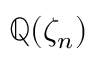
\mathbb { Q } ( \zeta _ { n } )